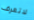
لاتعرف